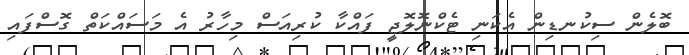
ބޮލެން ސިކުނޑިން އެކަނި ޓެކްނޮލޮޖީ ފައްކާ ކުރިއަސް މިހާރު އެ މަސައްކަތް ގޮސްފައި